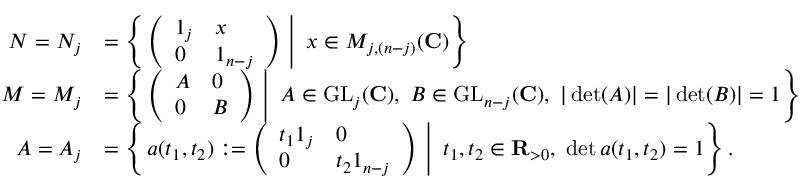
\begin{array} { r l } { N = N _ { j } } & { = \left\{ \left. \left( \begin{array} { l l } { 1 _ { j } } & { x } \\ { 0 } & { 1 _ { n - j } } \end{array} \right) \ \right| \ x \in M _ { j , ( n - j ) } ( \mathbf { C } ) \right\} } \\ { M = M _ { j } } & { = \left\{ \left. \left( \begin{array} { l l } { A } & { 0 } \\ { 0 } & { B } \end{array} \right) \ \right| \ A \in \mathrm { G L } _ { j } ( \mathbf { C } ) , \ B \in \mathrm { G L } _ { n - j } ( \mathbf { C } ) , \ | \operatorname* { d e t } ( A ) | = | \operatorname* { d e t } ( B ) | = 1 \right\} } \\ { A = A _ { j } } & { = \left\{ \left. a ( t _ { 1 } , t _ { 2 } ) : = \left( \begin{array} { l l } { t _ { 1 } 1 _ { j } } & { 0 } \\ { 0 } & { t _ { 2 } 1 _ { n - j } } \end{array} \right) \ \right| \ t _ { 1 } , t _ { 2 } \in \mathbf { R } _ { > 0 } , \ \operatorname* { d e t } a ( t _ { 1 } , t _ { 2 } ) = 1 \right\} . } \end{array}